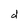
Character: d